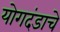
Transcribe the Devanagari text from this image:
योगदंडाचे